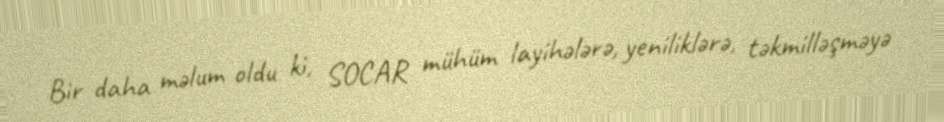
Bir daha məlum oldu ki, SOCAR mühüm layihələrə, yeniliklərə, təkmilləşməyə